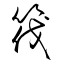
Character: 筏